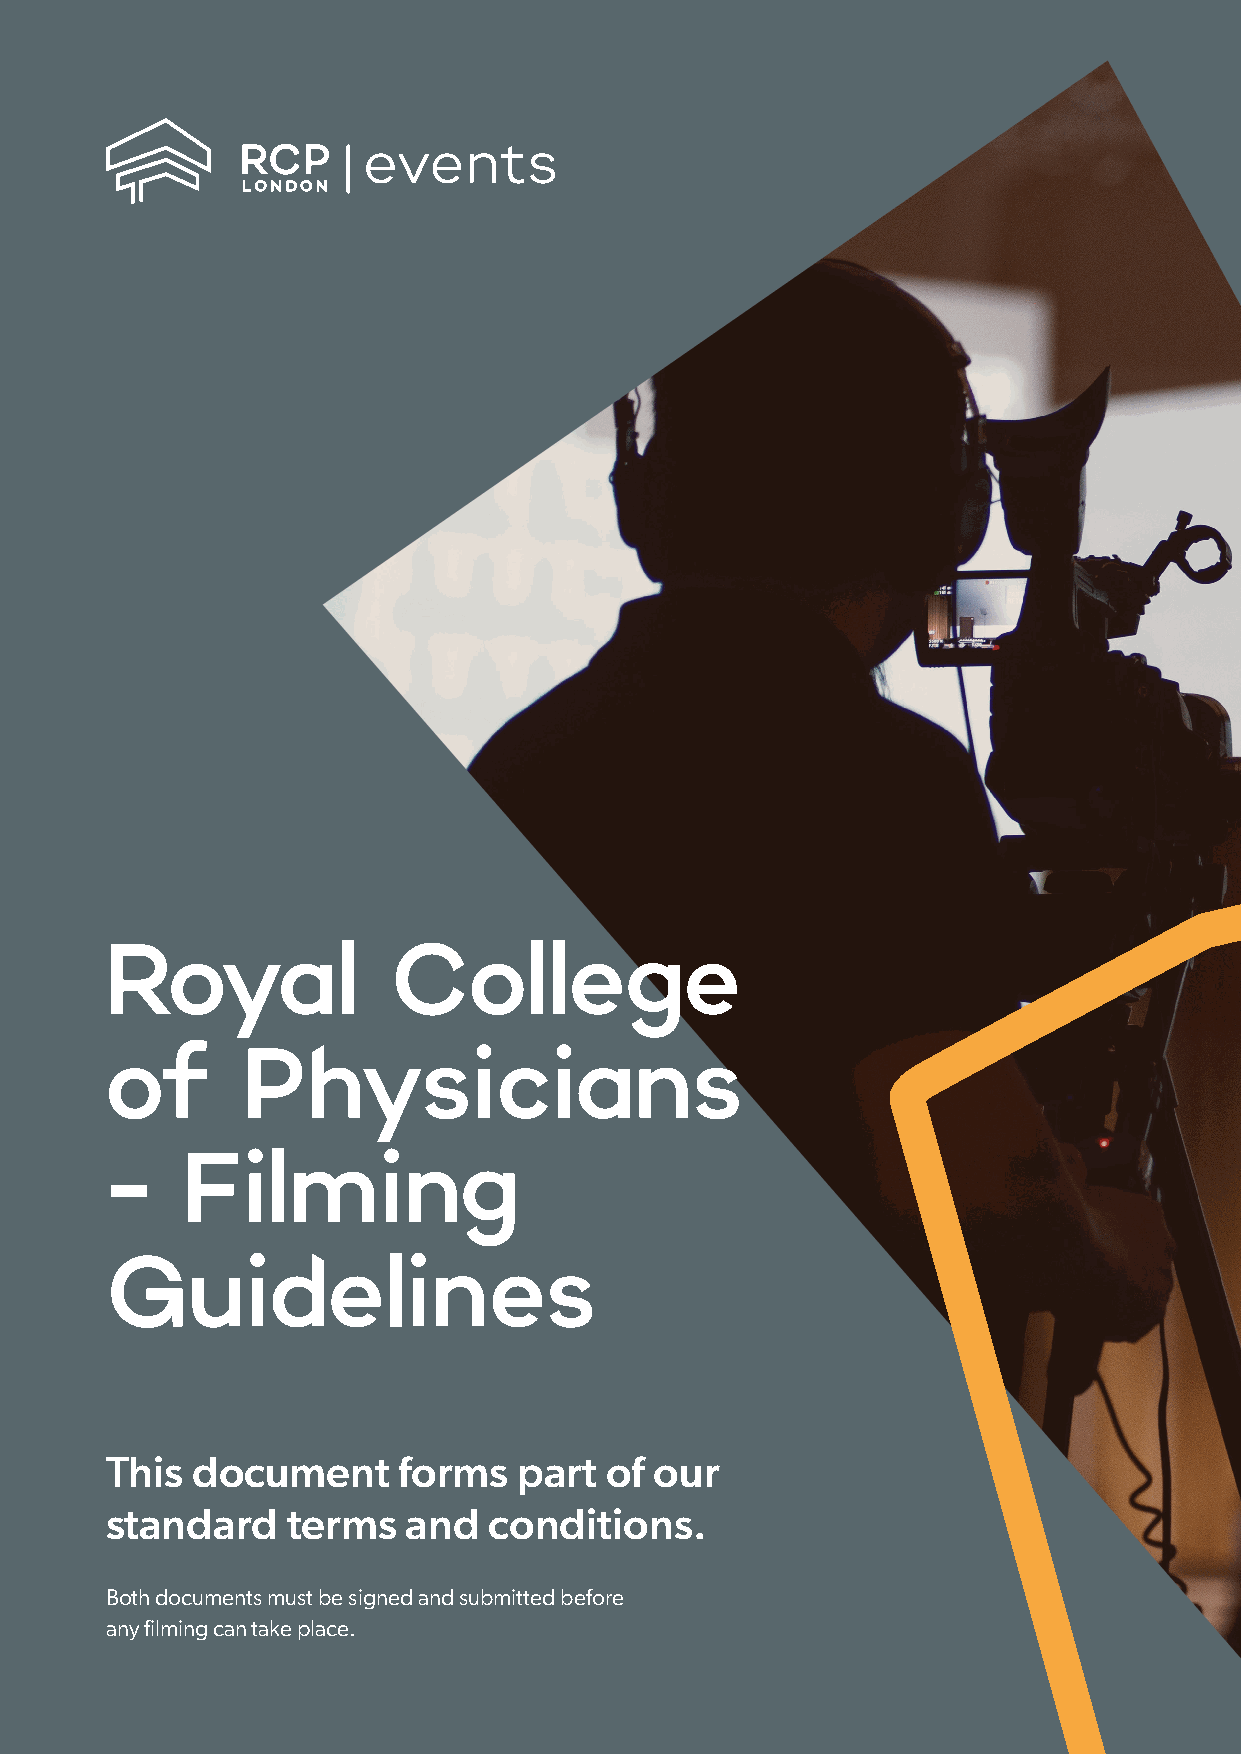
Royal              College
 of       Physicians
 -    Filming
 Guidelines
 This  document     forms   part  of our
 standard    terms   and  conditions.
 Both documents must be signed and submitted before
 any filming can take place.